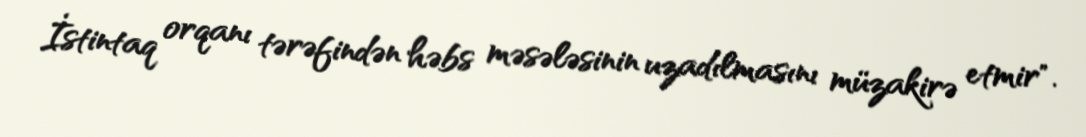
İstintaq orqanı tərəfindən həbs məsələsinin uzadılmasını müzakirə etmir".